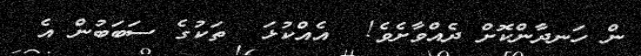
ން ހަނދާންކޮށް ދެއްވާށެވެ!  އެއްކުޅަ  ތަކުގެ ސަބަބުން އެ